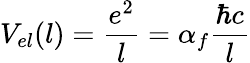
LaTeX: V_{el}(l)=\frac{e^{2}}{l}=\alpha_{f}\frac{\hbar c}{l}